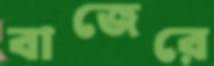
বাজেরে